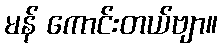
မန် ကောင်းတယ်ဗျာ။